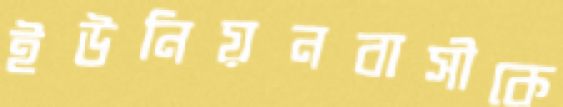
ইউনিয়নবাসীকে